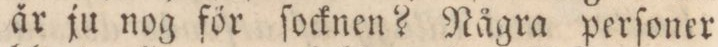
år ju nog för ſocknen? Några perſoner